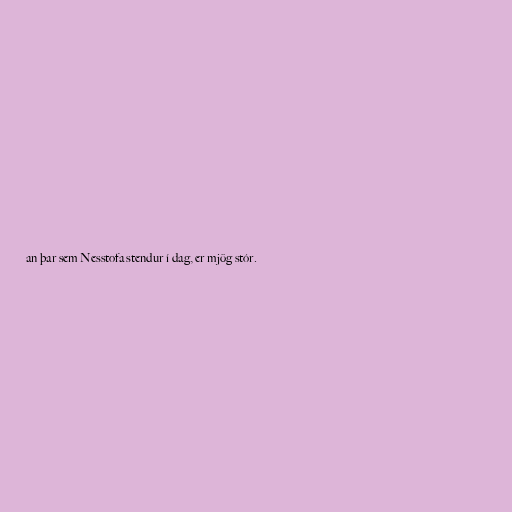
an þar sem Nesstofa stendur í dag, er mjög stór.